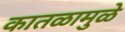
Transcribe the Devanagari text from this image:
कातळामुळे